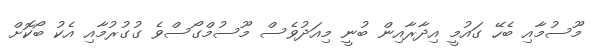
މޫސުމާއި ބެހޭ ގައުމީ އިދާރާއިން ބުނީ މިއަދުވެސް މޫސުމްގޯސްވެ ގުގުރުމާއި އެކު ބޯކޮށް